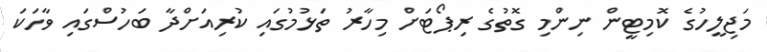
މަޖިލީހުގެ ކޮމިޓީން ނިންމި ގޮތުގެ ރިޕޯޓަށް މިހާރު ތަޅުމުގައި ކުރިއަށްދާ ބަހުސްގައި ވާހަކަ